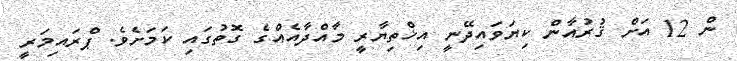
ން 12 އަށް ޤުރުއާން ކިޔަވައިދޭނީ އިޚްތިޔާރީ މާއްދާއެއްގެ ގޮތުގައި ކަމަށެވެ. ޕްރައިމަރީ